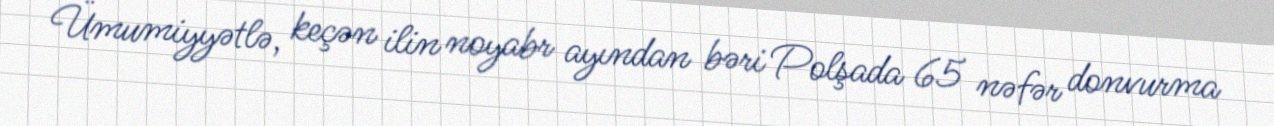
Ümumiyyətlə, keçən ilin noyabr ayından bəri Polşada 65 nəfər donvurma